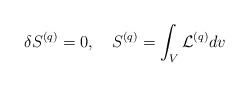
LaTeX: \begin{align*}\delta S^{(q)} = 0, \ \ \ S^{(q)} = \int_V {\cal L}^{(q)} d v\end{align*}